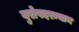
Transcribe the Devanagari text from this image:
युरोपदरम्यान